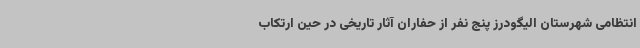
انتظامی شهرستان الیگودرز پنج نفر از حفاران آثار تاریخی در حین ارتکاب